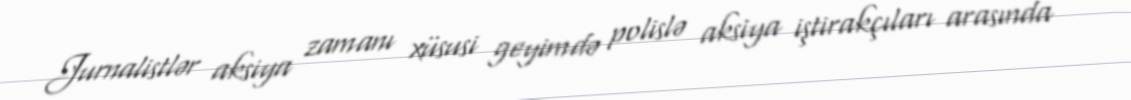
Jurnalistlər aksiya zamanı xüsusi geyimdə polislə aksiya iştirakçıları arasında